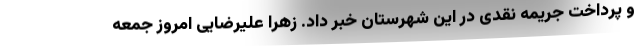
و پرداخت جریمه نقدی در این شهرستان خبر داد. زهرا علیرضایی امروز جمعه